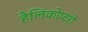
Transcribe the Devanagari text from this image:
हैलिकोप्‍टरों